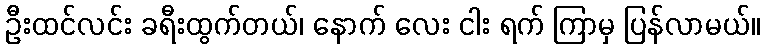
ဦးထင်လင်း ခရီးထွက်တယ်၊ နောက် လေး ငါး ရက် ကြာမှ ပြန်လာမယ်။